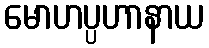
မောဟပ္ပဟာနာယ